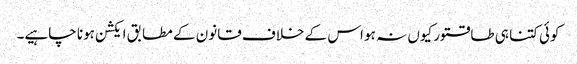
کوئی کتنا ہی طاقتور کیوں نہ ہو اس کے خلاف قانون کے مطابق ایکشن ہونا چاہیے۔